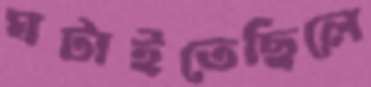
ঘটাইতেছিলে